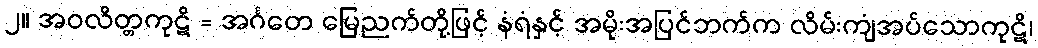
၂။ အဝလိတ္တကုဋိ = အင်္ဂတေ မြေညက်တို့ဖြင့် နံရံနှင့် အမိုးအပြင်ဘက်က လိမ်းကျံအပ်သောကုဋိ၊